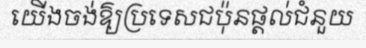
យើងចង់ឱ្យប្រទេសជប៉ុនផ្តល់ជំនួយ